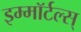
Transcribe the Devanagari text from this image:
इम्मॉर्टल्स्